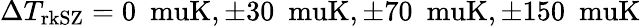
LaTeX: \Delta T_{\mathrm{rkSZ}}=0~\mathrm{\ muK},\pm 30~\mathrm{\ muK},\pm 70~\mathrm{\ muK},\pm 150~\mathrm{\ muK}